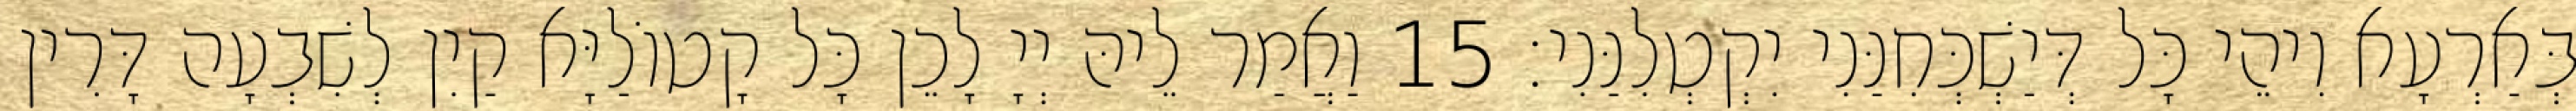
בְּאַרְעָא וִיהֵי כָּל דְּיַשְׁכְּחִנַּנִי יִקְטְלִנַּנִי׃ 15 וַאֲמַר לֵיהּ יְיָ לָכֵן כָּל קָטוֹלַיָּא קַיִן לְשִׁבְעָה דָּרִין